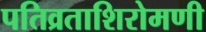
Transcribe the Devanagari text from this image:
पतिव्रताशिरोमणी